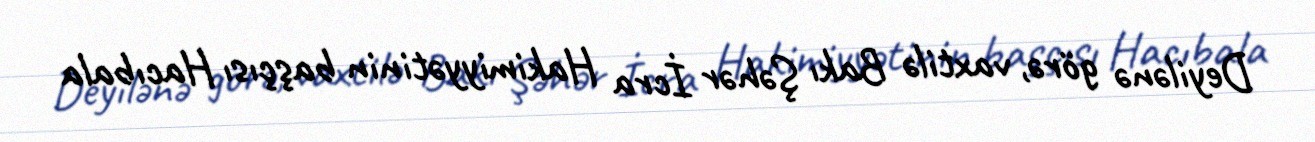
Deyilənə görə, vaxtilə Bakı Şəhər İcra Hakimiyyətinin başçısı Hacıbala